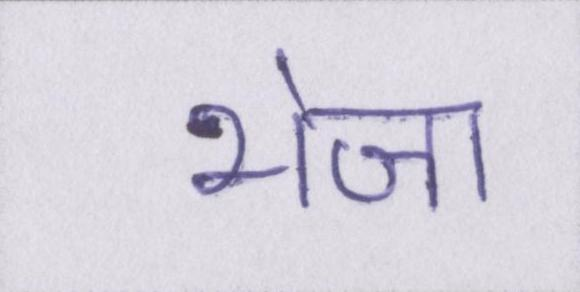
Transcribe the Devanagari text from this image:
भेजा